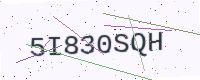
Text: 5I830SQH